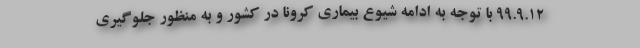
۹۹.۹.۱۲ با توجه به ادامه شیوع بیماری کرونا در کشور و به منظور جلوگیری